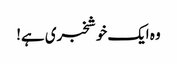
وہ ایک خوشخبری ہے!